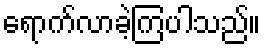
ရောက်လာခဲ့ကြပါသည်။